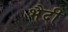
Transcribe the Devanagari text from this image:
भैदी